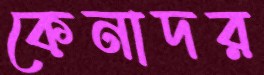
কেনাদর